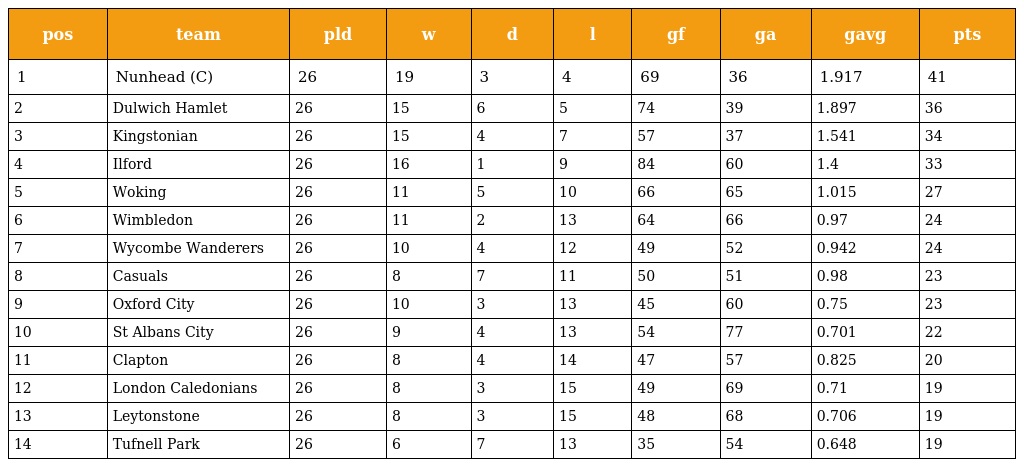
| pos | team | pld | w | d | l | gf | ga | gavg | pts |
 | --- | --- | --- | --- | --- | --- | --- | --- | --- | --- |
 | 1 | Nunhead (C) | 26 | 19 | 3 | 4 | 69 | 36 | 1.917 | 41 |
 | 2 | Dulwich Hamlet | 26 | 15 | 6 | 5 | 74 | 39 | 1.897 | 36 |
 | 3 | Kingstonian | 26 | 15 | 4 | 7 | 57 | 37 | 1.541 | 34 |
 | 4 | Ilford | 26 | 16 | 1 | 9 | 84 | 60 | 1.4 | 33 |
 | 5 | Woking | 26 | 11 | 5 | 10 | 66 | 65 | 1.015 | 27 |
 | 6 | Wimbledon | 26 | 11 | 2 | 13 | 64 | 66 | 0.97 | 24 |
 | 7 | Wycombe Wanderers | 26 | 10 | 4 | 12 | 49 | 52 | 0.942 | 24 |
 | 8 | Casuals | 26 | 8 | 7 | 11 | 50 | 51 | 0.98 | 23 |
 | 9 | Oxford City | 26 | 10 | 3 | 13 | 45 | 60 | 0.75 | 23 |
 | 10 | St Albans City | 26 | 9 | 4 | 13 | 54 | 77 | 0.701 | 22 |
 | 11 | Clapton | 26 | 8 | 4 | 14 | 47 | 57 | 0.825 | 20 |
 | 12 | London Caledonians | 26 | 8 | 3 | 15 | 49 | 69 | 0.71 | 19 |
 | 13 | Leytonstone | 26 | 8 | 3 | 15 | 48 | 68 | 0.706 | 19 |
 | 14 | Tufnell Park | 26 | 6 | 7 | 13 | 35 | 54 | 0.648 | 19 |